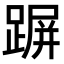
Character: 𨂲